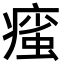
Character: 𤹊